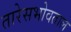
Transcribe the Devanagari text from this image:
तारेसभोवताल